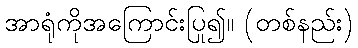
အာရုံကိုအကြောင်းပြု၍။ (တစ်နည်း)